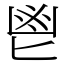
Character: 鬯